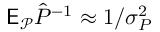
\mathsf E _ { \mathcal P } \hat { P } ^ { - 1 } \approx 1 / \sigma _ { P } ^ { 2 }